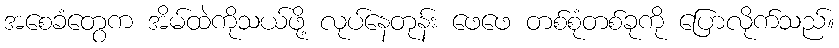
အစေခံတွေက အိမ်ထဲကိုသယ်ဖို့ လုပ်နေတုန်း ဖေဖေ တစ်စုံတစ်ခုကို ပြောလိုက်သည်။